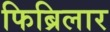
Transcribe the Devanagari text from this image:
फिब्रिलार